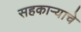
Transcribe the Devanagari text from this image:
सहकाऱ्याचे